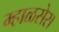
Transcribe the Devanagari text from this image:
म्हाळसेस